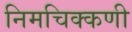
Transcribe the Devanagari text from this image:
निमचिक्कणी